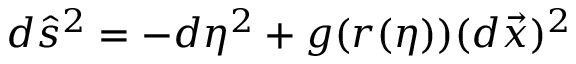
d \hat { s } ^ { 2 } = - d \eta ^ { 2 } + g ( r ( \eta ) ) ( d \vec { x } ) ^ { 2 }